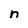
Character: n